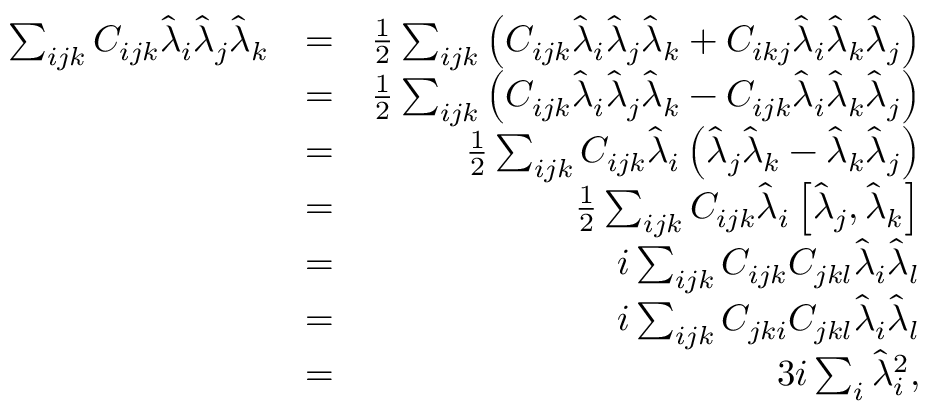
\begin{array} { r l r } { \sum _ { i j k } C _ { i j k } \hat { \lambda } _ { i } \hat { \lambda } _ { j } \hat { \lambda } _ { k } } & { = } & { \frac { 1 } { 2 } \sum _ { i j k } \left( C _ { i j k } \hat { \lambda } _ { i } \hat { \lambda } _ { j } \hat { \lambda } _ { k } + C _ { i k j } \hat { \lambda } _ { i } \hat { \lambda } _ { k } \hat { \lambda } _ { j } \right) } \\ & { = } & { \frac { 1 } { 2 } \sum _ { i j k } \left( C _ { i j k } \hat { \lambda } _ { i } \hat { \lambda } _ { j } \hat { \lambda } _ { k } - C _ { i j k } \hat { \lambda } _ { i } \hat { \lambda } _ { k } \hat { \lambda } _ { j } \right) } \\ & { = } & { \frac { 1 } { 2 } \sum _ { i j k } C _ { i j k } \hat { \lambda } _ { i } \left( \hat { \lambda } _ { j } \hat { \lambda } _ { k } - \hat { \lambda } _ { k } \hat { \lambda } _ { j } \right) } \\ & { = } & { \frac { 1 } { 2 } \sum _ { i j k } C _ { i j k } \hat { \lambda } _ { i } \left[ \hat { \lambda } _ { j } , \hat { \lambda } _ { k } \right] } \\ & { = } & { i \sum _ { i j k } C _ { i j k } C _ { j k l } \hat { \lambda } _ { i } \hat { \lambda } _ { l } } \\ & { = } & { i \sum _ { i j k } C _ { j k i } C _ { j k l } \hat { \lambda } _ { i } \hat { \lambda } _ { l } } \\ & { = } & { 3 i \sum _ { i } \hat { \lambda } _ { i } ^ { 2 } , } \end{array}